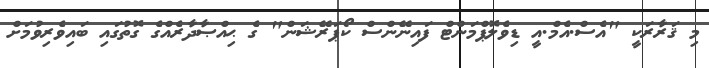
މި ޤަރާރަކީ "އެސް.އެމް.އީ ޑިވެލޮޕްމަންޓް ފައިނޭންސް ކޯޕަރޭޝަން" ގެ ޙިއްޞާދާރެއްގެ ގޮތުގައި ބައިވެރިވުމަށް